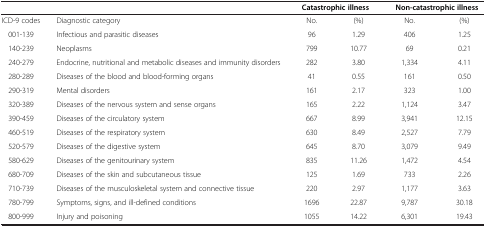
| <COLSPAN=2>  | <COLSPAN=2> Catastrophic illness | <COLSPAN=2> Non-catastrophic illness |
 | --- | --- | --- | --- | --- | --- |
 | ICD-9 codes | Diagnostic category | No. | (%) | No. | (%) |
 | 001-139 | Infectious and parasitic diseases | 96 | 1.29 | 406 | 1.25 |
 | 140-239 | Neoplasms | 799 | 10.77 | 69 | 0.21 |
 | 240-279 | Endocrine, nutritional and metabolic diseases and immunity disorders | 282 | 3.80 | 1,334 | 4.11 |
 | 280-289 | Diseases of the blood and blood-forming organs | 41 | 0.55 | 161 | 0.50 |
 | 290-319 | Mental disorders | 161 | 2.17 | 323 | 1.00 |
 | 320-389 | Diseases of the nervous system and sense organs | 165 | 2.22 | 1,124 | 3.47 |
 | 390-459 | Diseases of the circulatory system | 667 | 8.99 | 3,941 | 12.15 |
 | 460-519 | Diseases of the respiratory system | 630 | 8.49 | 2,527 | 7.79 |
 | 520-579 | Diseases of the digestive system | 645 | 8.70 | 3,079 | 9.49 |
 | 580-629 | Diseases of the genitourinary system | 835 | 11.26 | 1,472 | 4.54 |
 | 680-709 | Diseases of the skin and subcutaneous tissue | 125 | 1.69 | 733 | 2.26 |
 | 710-739 | Diseases of the musculoskeletal system and connective tissue | 220 | 2.97 | 1,177 | 3.63 |
 | 780-799 | Symptoms, signs, and ill-defined conditions | 1696 | 22.87 | 9,787 | 30.18 |
 | 800-999 | Injury and poisoning | 1055 | 14.22 | 6,301 | 19.43 |